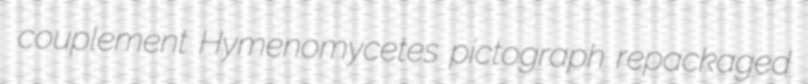
couplement Hymenomycetes pictograph repackaged